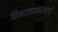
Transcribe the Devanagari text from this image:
विकासप्रकल्पाचे